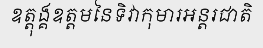
ឧត្តុង្គឧត្តមនៃទិវាកុមារអន្តរជាតិ